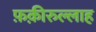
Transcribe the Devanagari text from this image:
फ़क़ीरुल्लाह